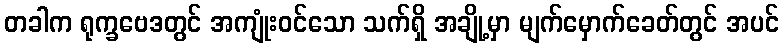
တခါက ရုက္ခဗေဒတွင် အကျုံးဝင်သော သက်ရှိ အချို့မှာ မျက်မှောက်ခေတ်တွင် အပင်